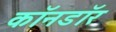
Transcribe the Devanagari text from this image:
काॅनडाॅर